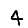
Digit: 4